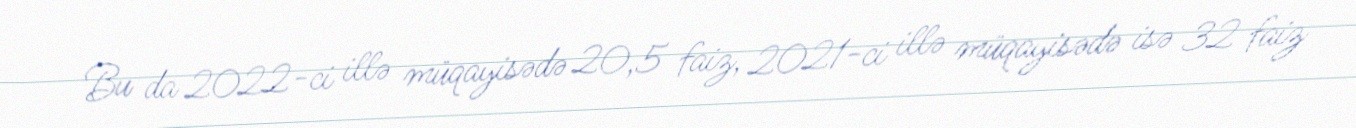
Bu da 2022-ci illə müqayisədə 20,5 faiz, 2021-ci illə müqayisədə isə 32 faiz